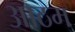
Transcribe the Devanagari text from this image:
आठम